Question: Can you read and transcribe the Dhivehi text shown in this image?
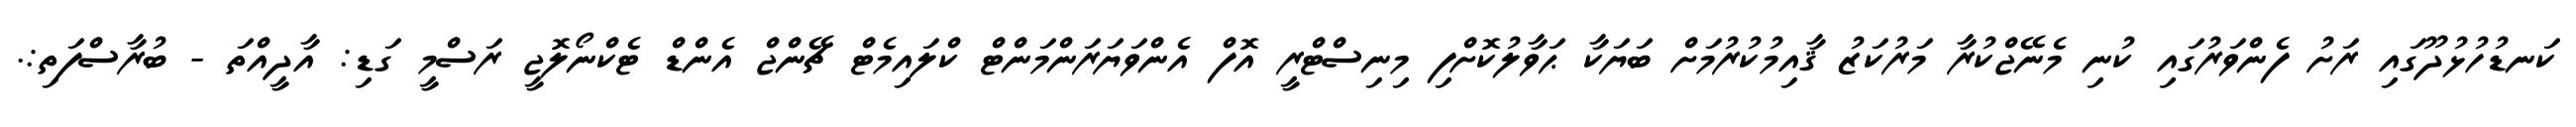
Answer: ކަނޑުހުޅުދޫގައި ރަށު ފެންވަރުގައި ކުނި މެނޭޖްކުރާ މަރުކަޒު ޤާއިމުކުރުމަށް ބަޔަކާ ޙަވާލުކޮށްފި މިނިސްޓްރީ އޮފް އެންވަޔަރަންމަންޓް ކްލައިމެޓް ޗޭންޖް އެންޑް ޓެކްނޯލޮޖީ ރަސްމީ ގަޑި: އާދީއްތަ - ބުރާސްފަތި:.